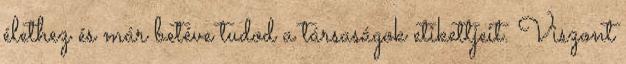
élethez és már betéve tudod a társaságok etikettjeit. Viszont